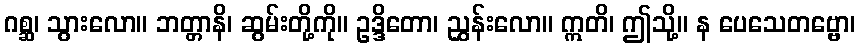
ဂစ္ဆ၊ သွားလော။ ဘတ္တာနိ၊ ဆွမ်းတို့ကို။ ဥဒ္ဒိတော၊ ညွှန်းလော။ ဣတိ၊ ဤသို့။ န ပေသေတဗ္ဗော၊